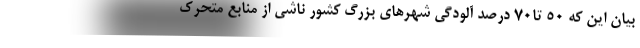
بیان این که 50 تا70 درصد آلودگی شهرهای بزرگ کشور ناشی از منابع متحرک